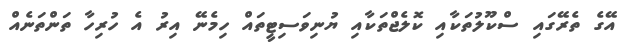
އޭގެ ތެރޭގައި ސްކޫލުތަކާއި ކޮލެޖްތަކާއި ޔުނިވަސިޓީތައް ހިމެނޭ އިރު އެ ހުރިހާ ތަންތަނެއް